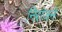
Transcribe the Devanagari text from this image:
निरांजने